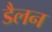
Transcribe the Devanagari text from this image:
डैलन